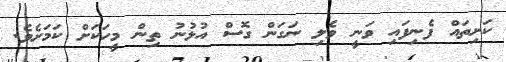
ކަށިތައް ފެނިފައި ވަނީ ވެލި ނަގަން ގޮސް އުޅުނު ތިން މީހަކަށް ކަަމަށެވެ.